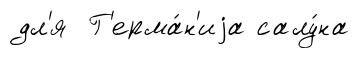
дл'я Г'ерма́н'иjа салу́на